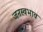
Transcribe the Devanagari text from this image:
जनस्वभाव